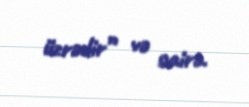
üzrədir” və sairə.